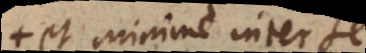
et minime inter se